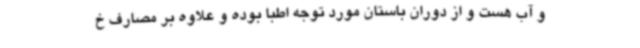
و آب هست و از دوران باستان مورد توجه اطبا بوده و علاوه بر مصارف خ